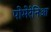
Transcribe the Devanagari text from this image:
पोमेरेनिआ